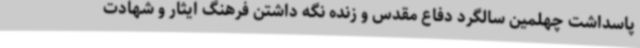
پاسداشت چهلمین سالگرد دفاع مقدس و زنده نگه داشتن فرهنگ ایثار و شهادت